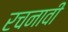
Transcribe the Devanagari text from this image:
रचनावी